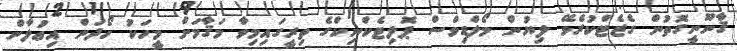
ޤާނޫނީގޮތުން ގެޒެޓްކުރެވޭ ލިޔުން މޯލްޑިވްސް ޕޮލިޓެކްނިކްގެ ތިރީގައިމިވާ މަޤާމަށް މީހަކު ހޯދަން އިޢުލާން